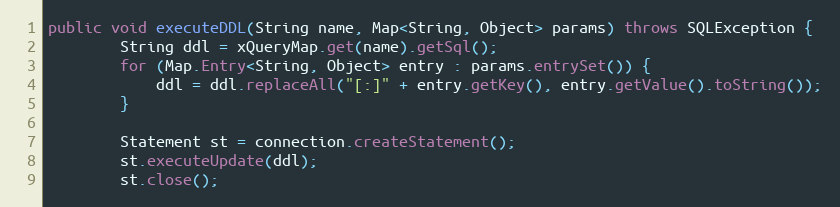
Language: Java
public void executeDDL(String name, Map<String, Object> params) throws SQLException {
		String ddl = xQueryMap.get(name).getSql();
		for (Map.Entry<String, Object> entry : params.entrySet()) {
			ddl = ddl.replaceAll("[:]" + entry.getKey(), entry.getValue().toString());
		}

		Statement st = connection.createStatement();
		st.executeUpdate(ddl);
		st.close();